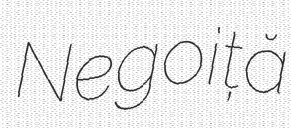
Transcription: Negoiță